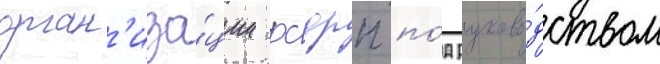
орган'иза́ции рсдрп по́д руково́дством